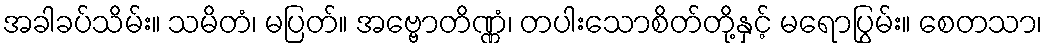
အခါခပ်သိမ်း။ သမိတံ၊ မပြတ်။ အဗ္ဗောတိဏ္ဏံ၊ တပါးသောစိတ်တို့နှင့် မရောပြွမ်း။ စေတသာ၊